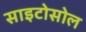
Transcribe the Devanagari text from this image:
साइटोसोल